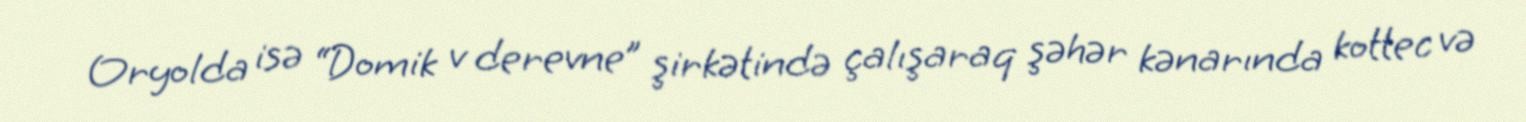
Oryolda isə “Domik v derevne” şirkətində çalışaraq şəhər kənarında kottec və